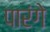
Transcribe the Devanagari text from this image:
पारंगे